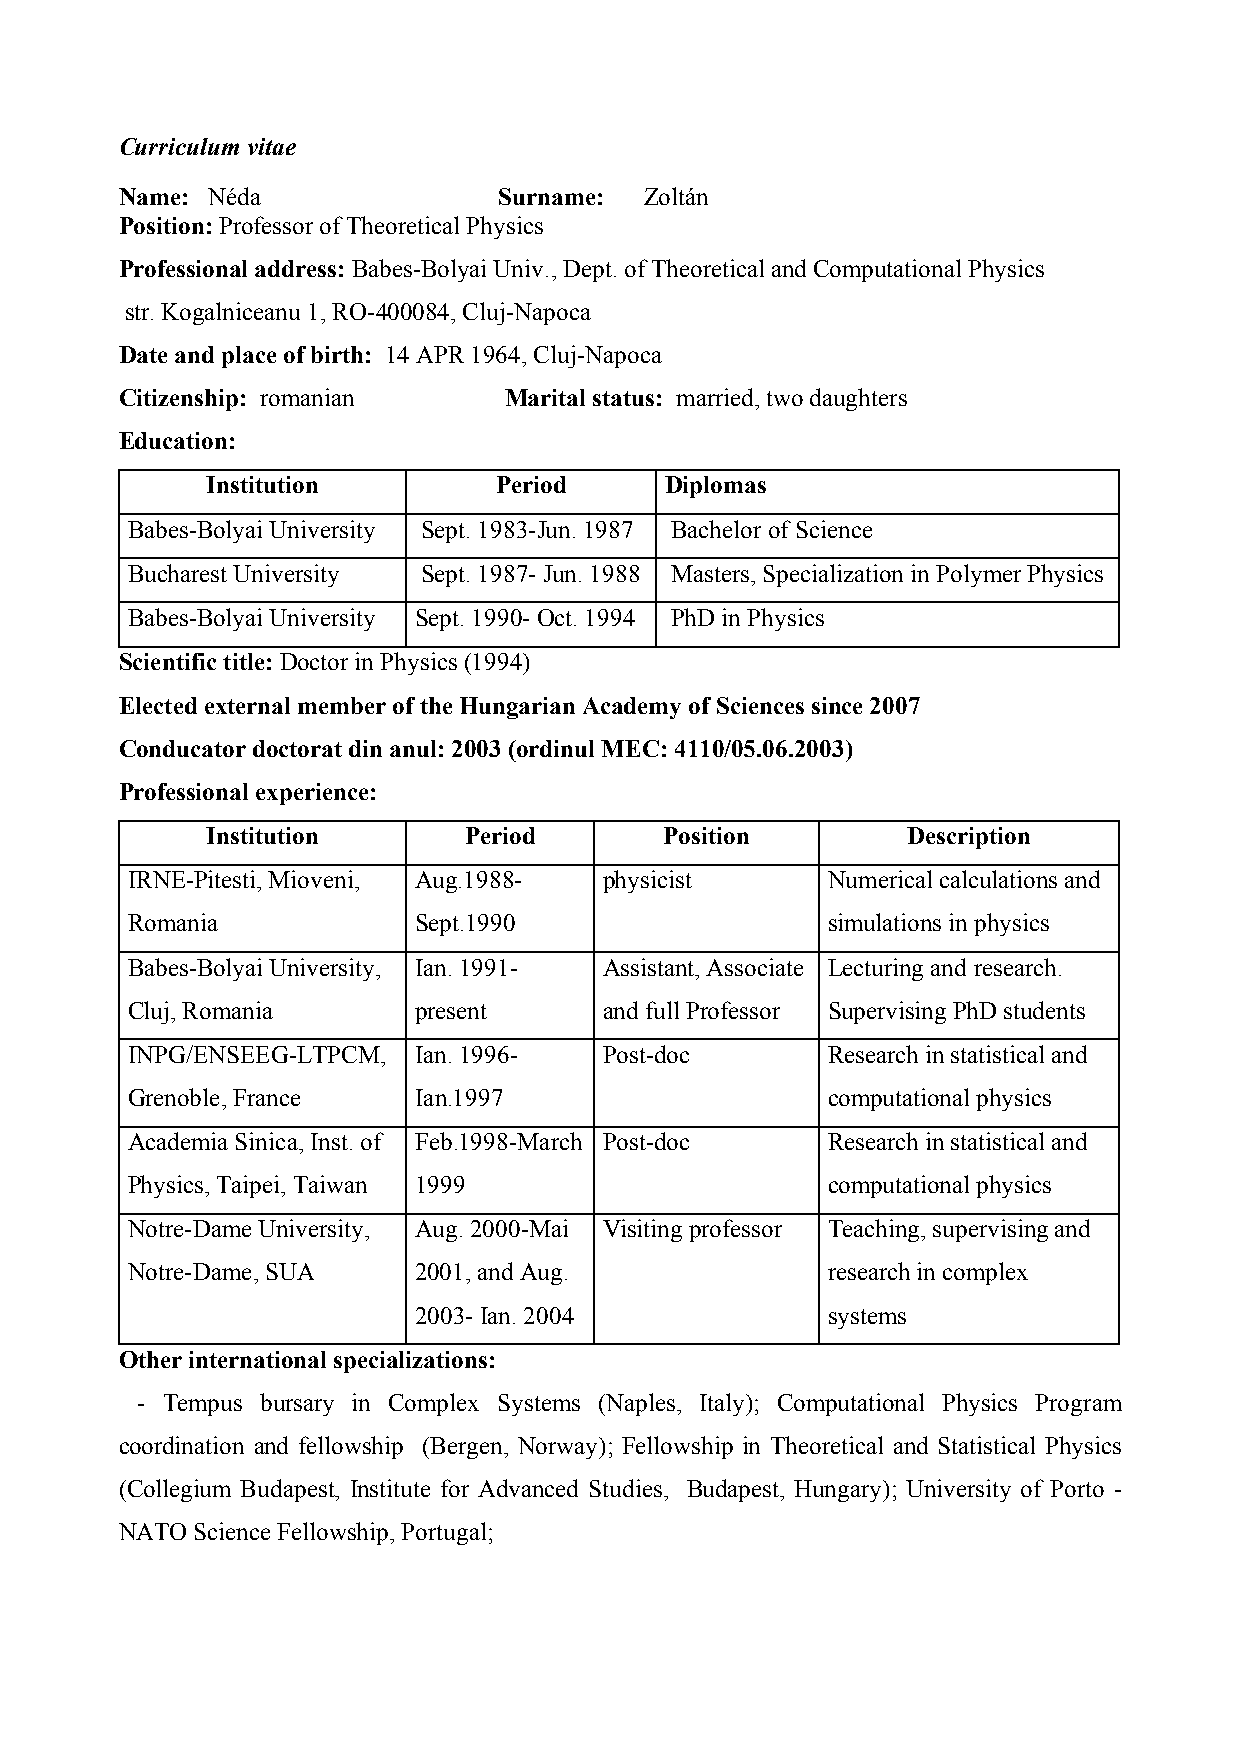
Curriculum vitae
 Name: Néda               Surname:  Zoltán
 Position: Professor of Theoretical Physics
 Professional address: Babes-Bolyai Univ., Dept. of Theoretical and Computational Physics
 str. Kogalniceanu 1, RO-400084, Cluj-Napoca
 Date and place of birth: 14 APR 1964, Cluj-Napoca
 Citizenship: romanian    Marital status: married, two daughters
 Education:
 Institution        Period     Diplomas
 Babes-Bolyai University Sept. 1983-Jun. 1987 Bachelor of Science
 Bucharest University Sept. 1987- Jun. 1988 Masters, Specialization in Polymer Physics
 Babes-Bolyai University Sept. 1990- Oct. 1994 PhD in Physics
 Scientific title: Doctor in Physics (1994)
 Elected external member of the Hungarian Academy of Sciences since 2007
 Conducator doctorat din anul: 2003 (ordinul MEC: 4110/05.06.2003)
 Professional experience:
 Institution      Period       Position        Description
 IRNE-Pitesti, Mioveni, Aug.1988- physicist     Numerical calculations and
 Romania            Sept.1990                   simulations in physics
 Babes-Bolyai University, Ian. 1991- Assistant, Associate Lecturing and research.
 Cluj, Romania      present      and full Professor Supervising PhD students
 INPG/ENSEEG-LTPCM, Ian. 1996-   Post-doc       Research in statistical and
 Grenoble, France   Ian.1997                    computational physics
 Academia Sinica, Inst. of Feb.1998-March Post-doc Research in statistical and
 Physics, Taipei, Taiwan 1999                   computational physics
 Notre-Dame University, Aug. 2000-Mai Visiting professor Teaching, supervising and
 Notre-Dame, SUA    2001, and Aug.              research in complex
 2003- Ian. 2004             systems
 Other international specializations:
 - Tempus bursary in Complex Systems (Naples, Italy); Computational Physics Program
 coordination and fellowship (Bergen, Norway); Fellowship in Theoretical and Statistical Physics
 (Collegium Budapest, Institute for Advanced Studies, Budapest, Hungary); University of Porto -
 NATO Science Fellowship, Portugal;